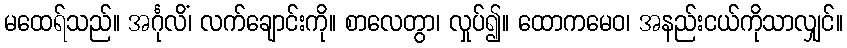
မထေရ်သည်။ အင်္ဂုလိံ၊ လက်ချောင်းကို။ စာလေတွာ၊ လှုပ်၍။ ထောကမေဝ၊ အနည်းငယ်ကိုသာလျှင်။